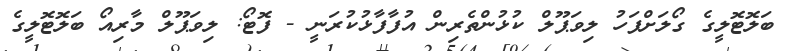
ބަލޮޓޮލީގެ ގޯލަށްފަހު ލިވަޕޫލް ކުޅުންތެރިން އުފާފާޅުކުރަނީ - ފޮޓޯ: ލިވަޕޫލް މާރިއޯ ބަލޮޓޮލީގެ